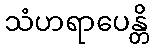
သံဟရာပေန္တိ